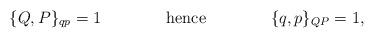
LaTeX: \begin{align*}\{ Q, P \}_{qp} = 1 \qquad\qquad \hbox{hence} \qquad\qquad\{ q, p \}_{QP} = 1,\end{align*}